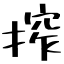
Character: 搾